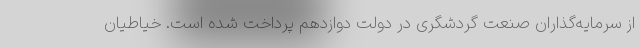
از سرمایه‌گذاران صنعت گردشگری در دولت دوازدهم پرداخت شده است. خیاطیان